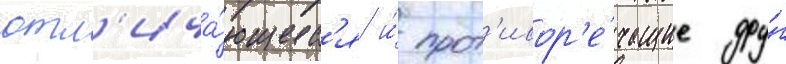
отл'ича́ющиес'я и́ прот'ивор'е́чащие дру́г